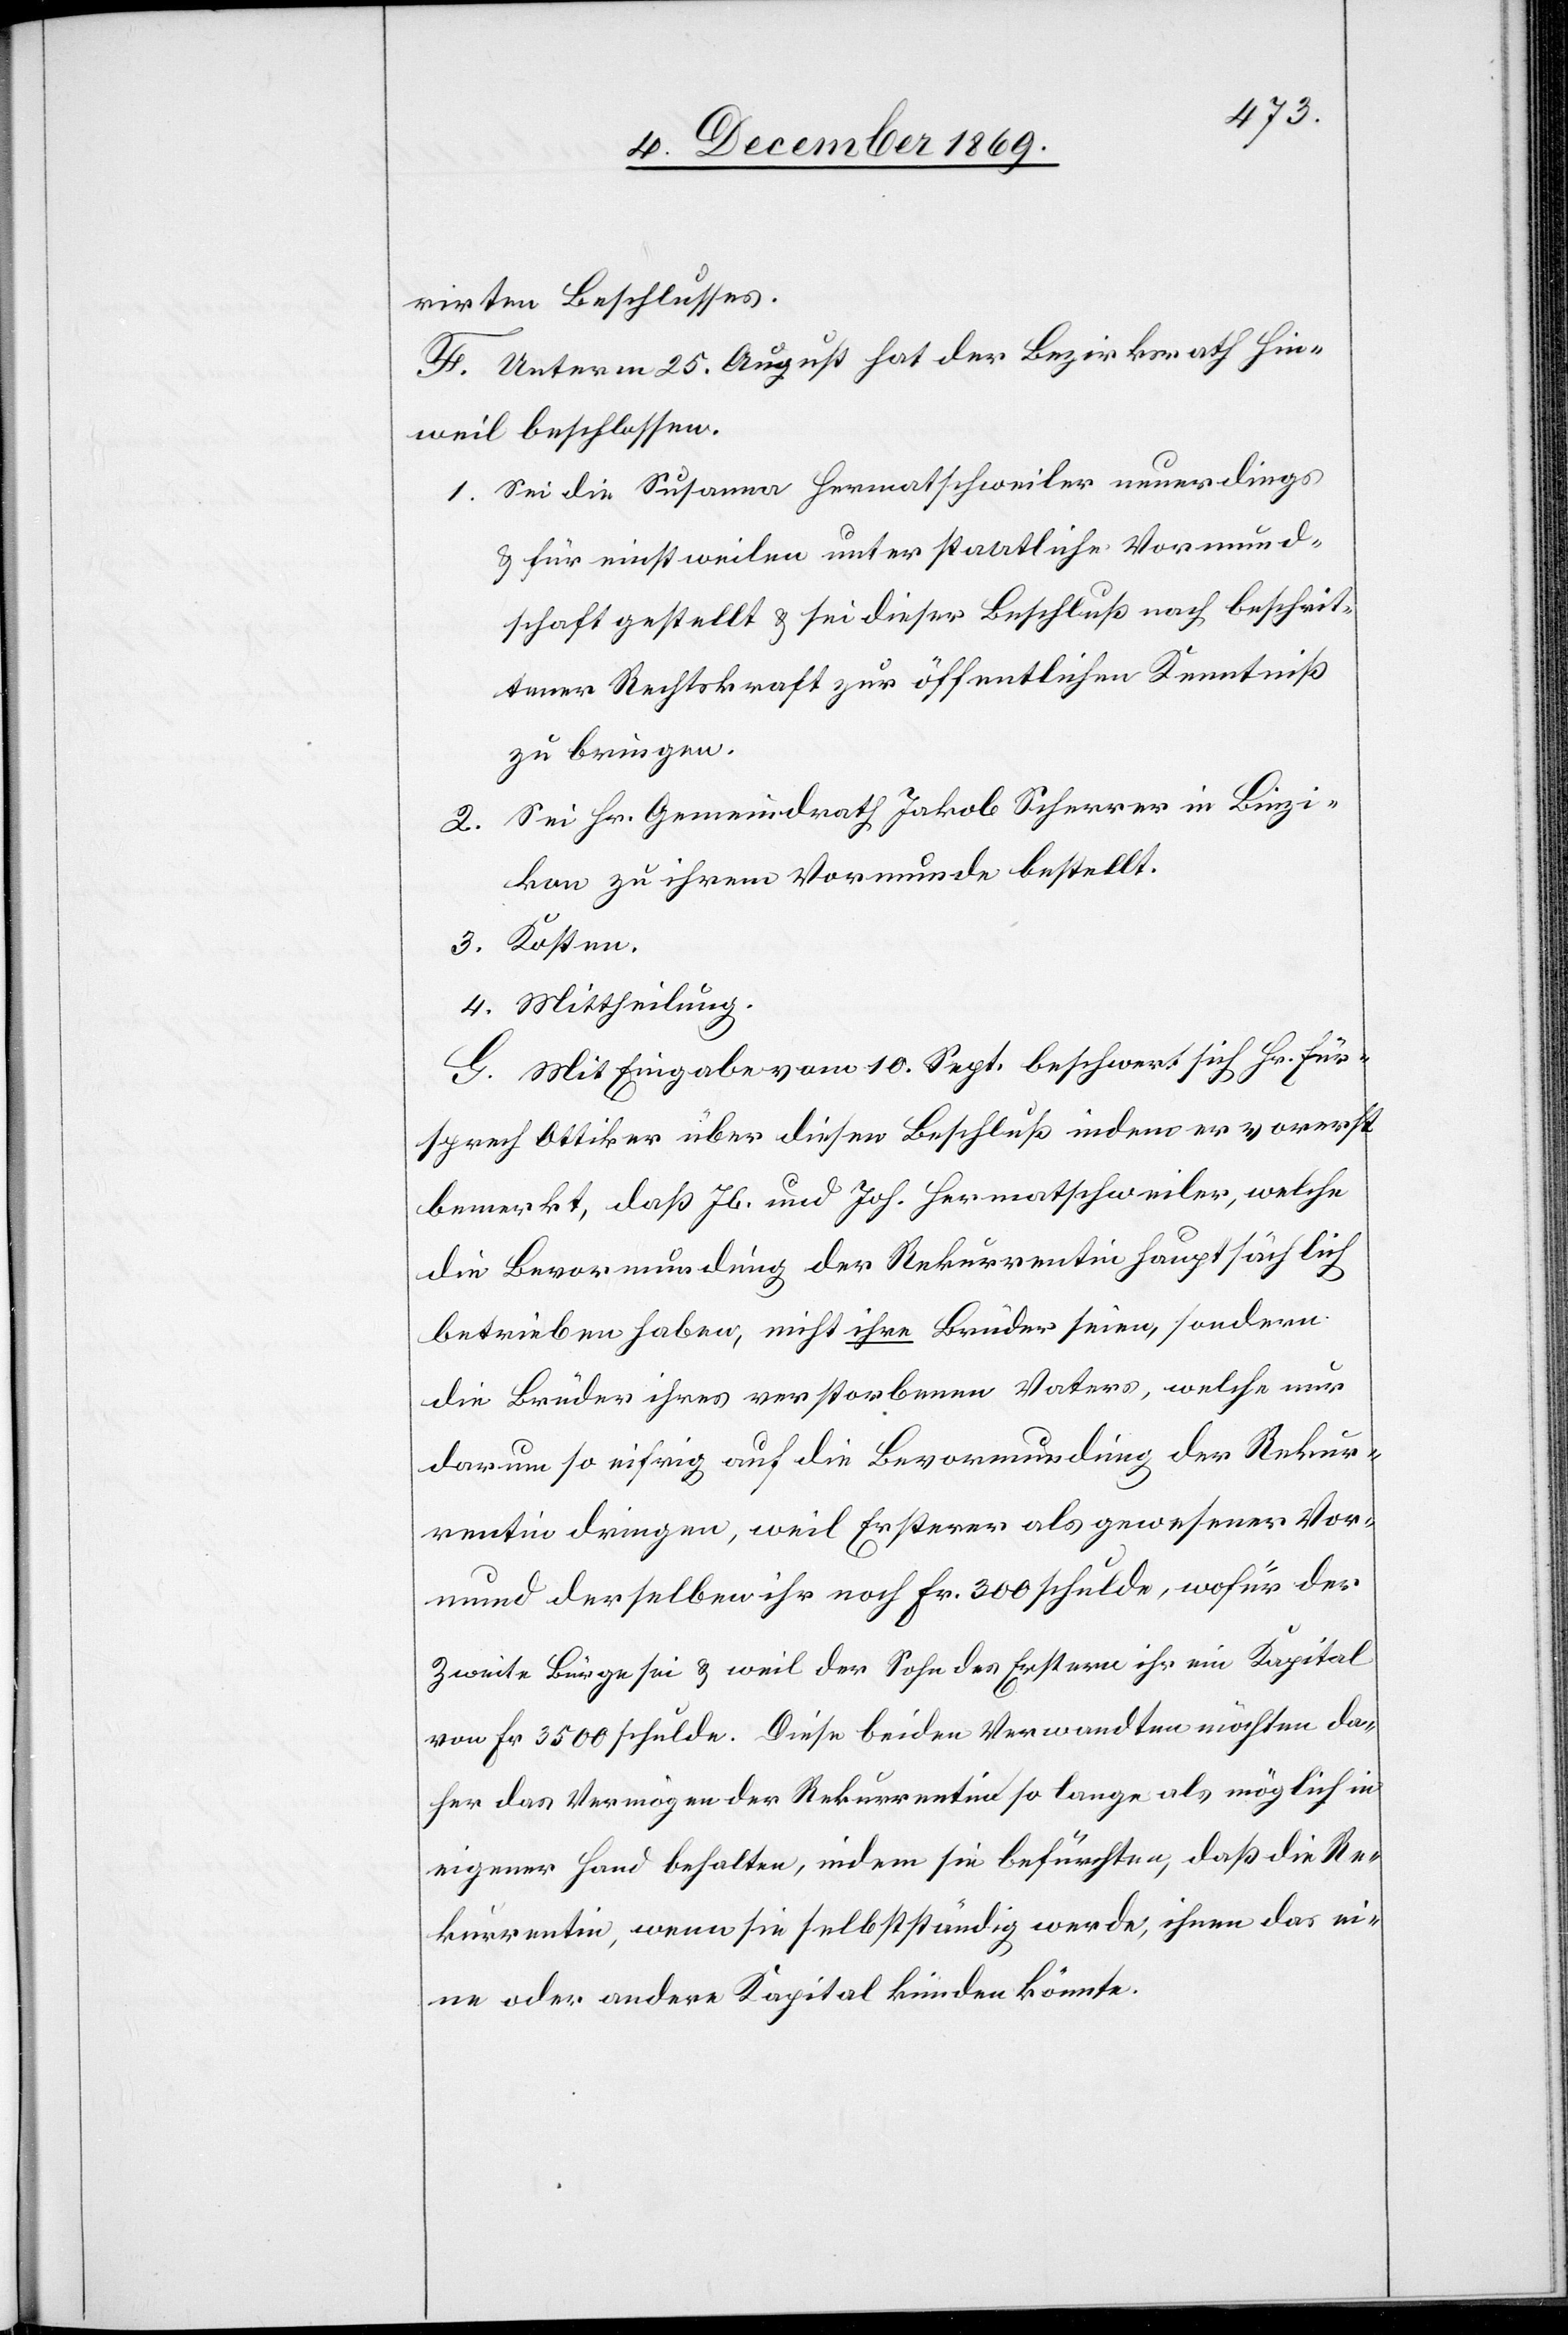
rirten Beschlusses.
F. Unterm 25. August hat der Bezirksrath Hin¬
weil beschlossen.
Sei die Susanna Hermatschweiler neuerdings
& für einstweilen unter staatliche Vormund¬
schaft gestellt & sei dieser Beschluß nach beschrit¬
tener Rechtskraft zur öffentlichen Kenntniß
zu bringen.
Sei Hr. Gemeindrath Jakob Scherrer in Binzi¬
3.
kon zu ihrem Vormunde bestellt.
G. Mit Eingabe vom 10. Sept. beschwert sich Hr. Für¬
sprech Ottiker über diesen Beschluß indem er vorerst
bemerkt, daß Jb. und Joh. Hermatschweiler, welche
die Bevormundung der Rekurrentin hauptsächlich
betrieben haben, nicht ihre Brüder seien, sondern
die Brüder ihres verstorbenen Vaters, welche nur
darum so eifrig auf die Bevormundung der Rekur¬
rentin dringen, weil Ersterer als gewesener Vor¬
mund derselben ihr noch Fr. 300 schulde, wofür der
zweite Bürge sei & weil der Sohn des Erstern ihr ein Kapital
von Fr. 3500 schulde. Diese beiden Verwandten möchten da¬
her das Vermögen der Rekurrentin so lange als möglich in
eigener Hand behalten, indem sie befürchten, daß die Re¬
kurrentin, wenn sie selbstständig werde, ihnen das ei¬
ne oder andere Kapital künden könnte.